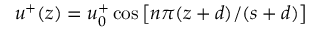
u ^ { + } ( z ) = u _ { 0 } ^ { + } \cos \left[ n \pi ( z + d ) / ( s + d ) \right]